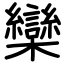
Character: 欒